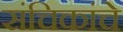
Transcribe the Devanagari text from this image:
संचिकांचे